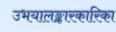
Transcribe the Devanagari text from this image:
उभयालङ्कारकारिका